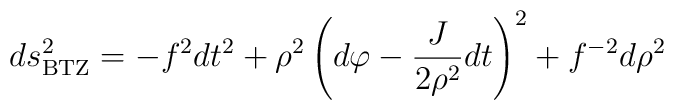
ds^2_{\rm BTZ} = -f^2 dt^2 +     \rho^2 \left ( d \varphi - { J \over 2 \rho^2} dt \right ) ^2 +    f^{-2} d \rho^2